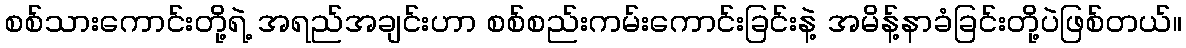
စစ်သားကောင်းတို့ရဲ့ အရည်အချင်းဟာ စစ်စည်းကမ်းကောင်းခြင်းနဲ့ အမိန့်နာခံခြင်းတို့ပဲဖြစ်တယ်။